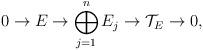
LaTeX: \begin{align*}0 \rightarrow E \rightarrow \bigoplus_{j=1}^n E_j \rightarrow \mathcal{T}_E \rightarrow 0,\end{align*}